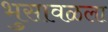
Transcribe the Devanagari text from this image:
भुसावळला